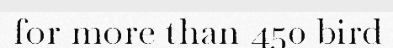
for more than 450 bird